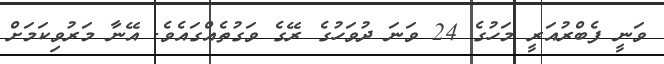
ވަނީ ފެބްރުއަރީ މަހުގެ 24 ވަނަ ދުވަހުގެ ރޭގެ ވަގުތެއްގައެވެ. އޭނާ މަރުވިކަމަށް